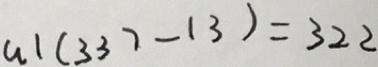
a \vert ( 3 3 7 - 1 3 ) = 3 2 2